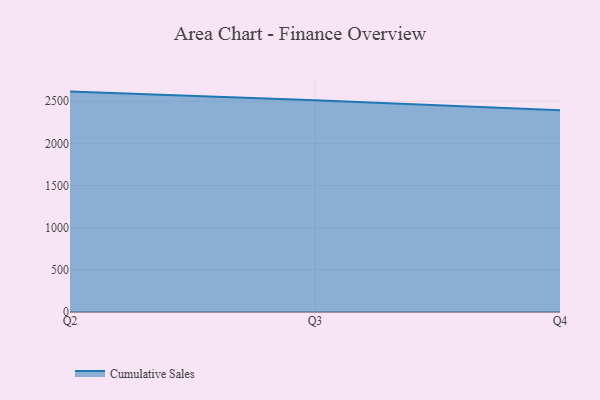
{"axis": {"x": "Quarter", "y": "LTV (USD)"}, "legend": ["Cumulative Sales"], "data": [{"x": "Q2", "y": 2613.0, "type": "Cumulative Sales"}, {"x": "Q3", "y": 2511.7, "type": "Cumulative Sales"}, {"x": "Q4", "y": 2391.5, "type": "Cumulative Sales"}]}